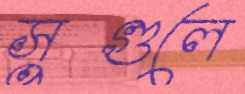
সুগুলে